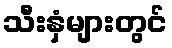
သီးနှံများတွင်